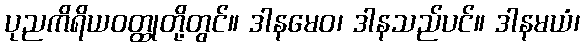
ပုညကိရိယဝတ္ထုတို့တွင်။ ဒါနမေဝ၊ ဒါနသည်ပင်။ ဒါနမယံ၊